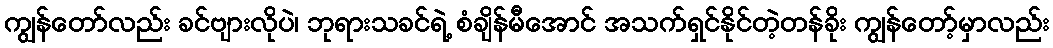
ကျွန်တော်လည်း ခင်ဗျားလိုပဲ၊ ဘုရားသခင်ရဲ့ စံချိန်မီအောင် အသက်ရှင်နိုင်တဲ့တန်ခိုး ကျွန်တော့်မှာလည်း